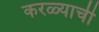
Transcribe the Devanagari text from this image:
करळ्याची